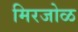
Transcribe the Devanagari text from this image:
मिरजोळ